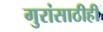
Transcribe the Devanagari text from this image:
गुरांसाठीही